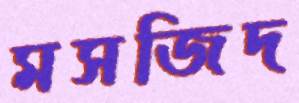
মসজিদ